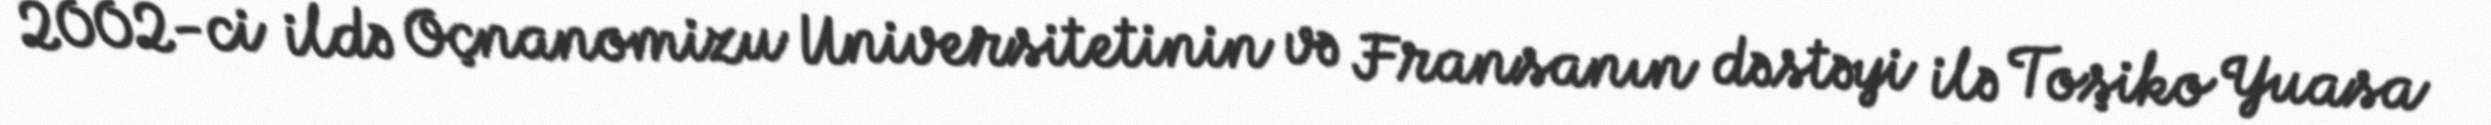
2002-ci ildə Oçnanomizu Universitetinin və Fransanın dəstəyi ilə Toşiko Yuasa